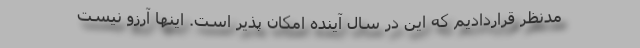
مدنظر قراردادیم که این در سال آینده امکان پذیر است. اینها آرزو نیست